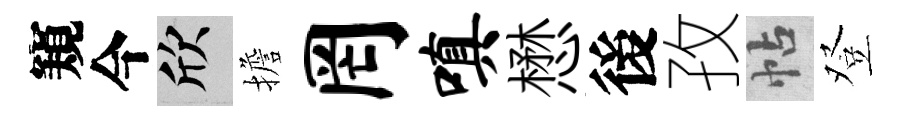
窺今欣擔罔嗔懋後孜帖登